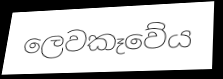
ලෙවකෑවේය